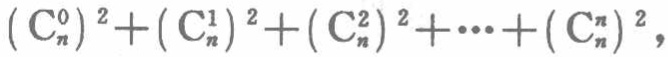
\((\mathrm{C}_{n}^{0})^2+(\mathrm{C}_{n}^{1})^2+(\mathrm{C}_{n}^{2})^2+\cdots+(\mathrm{C}_{n}^{n})^2\)